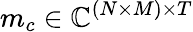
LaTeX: m_{c}\in\mathbb{C}^{(N\times M)\times T}